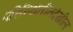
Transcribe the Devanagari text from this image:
परिस्थितीतदेखील